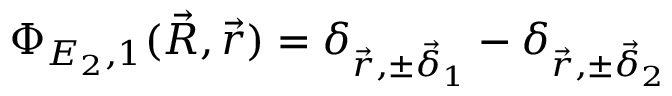
\Phi _ { E _ { 2 } , 1 } ( \vec { R } , \vec { r } ) = \delta _ { \vec { r } , \pm \vec { \delta } _ { 1 } } - \delta _ { \vec { r } , \pm \vec { \delta } _ { 2 } }